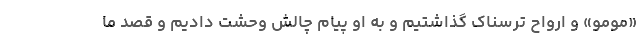
«مومو» و ارواح ترسناک گذاشتیم و به او پیام چالش وحشت دادیم و قصد ما